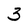
Character: 3